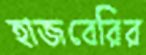
হাজবেরির